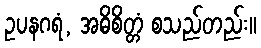
ဥပနဂရံ, အဓိစိတ္တံ စသည်တည်း။